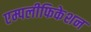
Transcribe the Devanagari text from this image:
एम्पलीफिकेशन